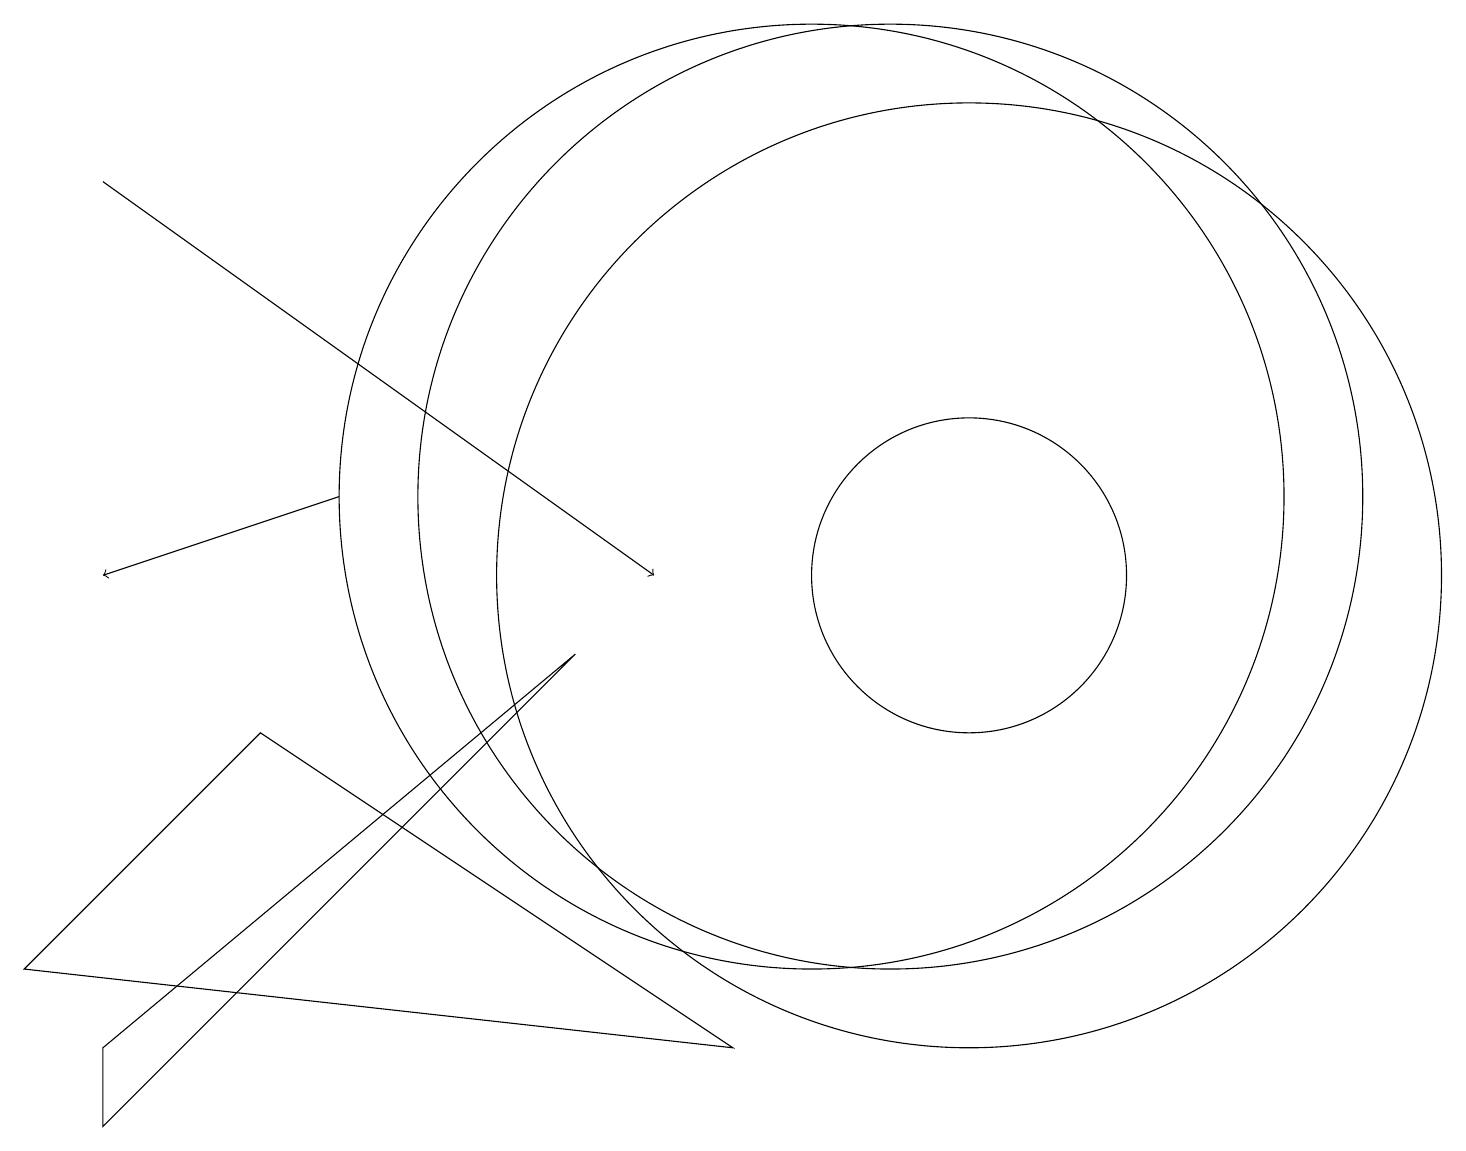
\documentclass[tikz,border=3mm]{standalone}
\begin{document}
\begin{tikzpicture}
\draw[->] (4,11) -- (1,10);
\draw (10,11) circle (6);
\draw (7,9) -- (1,4) -- (1,3) -- cycle;
\draw (11,11) circle (6);
\draw[->] (1,15) -- (8,10);
\draw (12,10) circle (2);
\draw (12,10) circle (6);
\draw (3,8) -- (9,4) -- (0,5) -- cycle;
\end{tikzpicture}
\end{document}